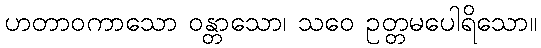
ဟတာဝကာသော ဝန္တာသော၊ သဝေ ဥတ္တမပေါရိသော။